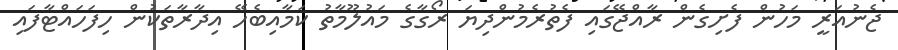
ޖެނުއަރީ މަހުން ފެށިގެން ރާއްޖޭގައި ފެތުރެމުންދިޔަ ރޯގާގެ މައުލޫމާތު ކަމާއިބެހޭ އިދާރާތަކުން ހިފަހައްޓާފައި